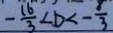
- \frac { 1 6 } { 3 } < D < - \frac { 8 } { 3 }